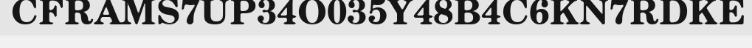
CFRAMS7UP34O035Y48B4C6KN7RDKE